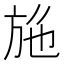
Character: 𭤮